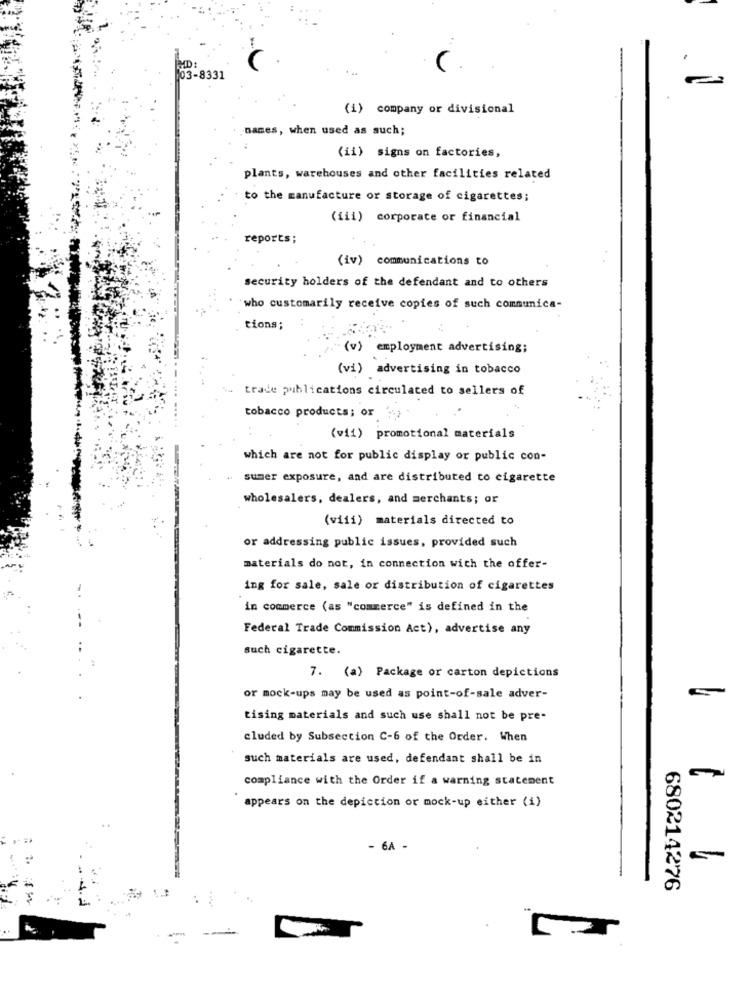
ND:
C.
103-8331
(i) company or divisional
names, when used as such;
(ii) signs on factories,
plants, warehouses and other facilities related
to the manufacture or storage of cigarettes;
(iii) corporate or financial
reports;
(iv) communications to
security holders of the defendant and to others
who customarily receive copies of such communica-
tions;
(v) employment advertising;
(vi) advertising in tobacco
trade publications circulated to sellers of
tobacco products; or ,
(vii) promotional materials
which are not for public display or public con-
sumer exposure, and are distributed to cigarette
wholesalers, dealers, and merchants; or
(viii) materials directed to
or addressing public issues, provided such
materials do not, in connection with the offer-
ing for sale, sale or distribution of cigarettes
in commerce (as "commerce" is defined in the
Federal Trade Commission Act), advertise any
such cigarette.
7. (a) Package or carton depictions
or mock-ups may be used as point-of-sale adver-
tising materials and such use shall not be pre-
cluded by Subsection C-6 of the Order. When
such materials are used, defendant shall be in
compliance with the Order if a warning statement
appears on the depiction or mock-up either (i)
- 6A -
5-
680214276